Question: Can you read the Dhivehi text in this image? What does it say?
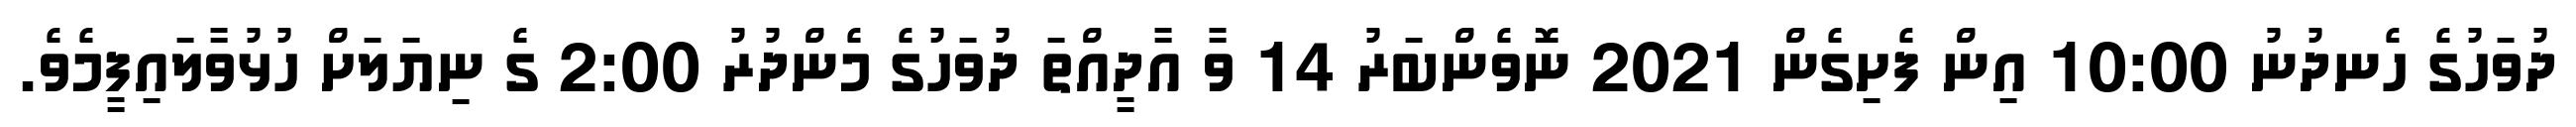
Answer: ދުވަހުގެ ހެނދުނު 10:00 އިން ފެށިގެން 2021 ނޮވެންބަރު 14 ވާ އާދީއްތަ ދުވަހުގެ މެންދުރު 2:00 ގެ ނިޔަލަށް ހުޅުވާލައިފީމެވެ.